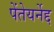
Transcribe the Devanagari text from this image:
पेंतेयर्नेद्द